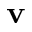
\mathbf { v }